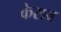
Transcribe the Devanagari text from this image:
केसव